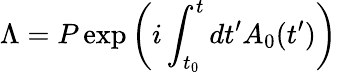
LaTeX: \Lambda=P\exp\left(i\int_{t_{0}}^{t}dt^{\prime}A_{0}(t^{\prime})\right)